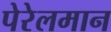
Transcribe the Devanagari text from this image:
पेरेलमान